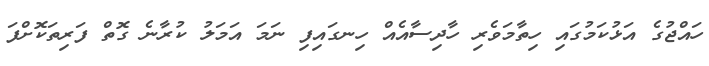
ހައްޖުގެ އަޅުކަމުގައި ހިތާމަވެރި ހާދިސާއެއް ހިނގައިފި ނަމަ އަމަލު ކުރާނެ ގޮތް ފަރިތަކޮށްފަ